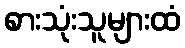
စားသုံးသူများထံ